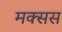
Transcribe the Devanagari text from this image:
मक्सस